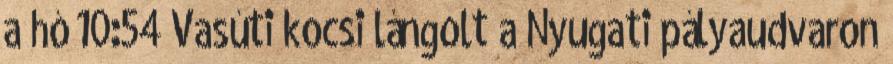
a hó 10:54 Vasúti kocsi lángolt a Nyugati pályaudvaron